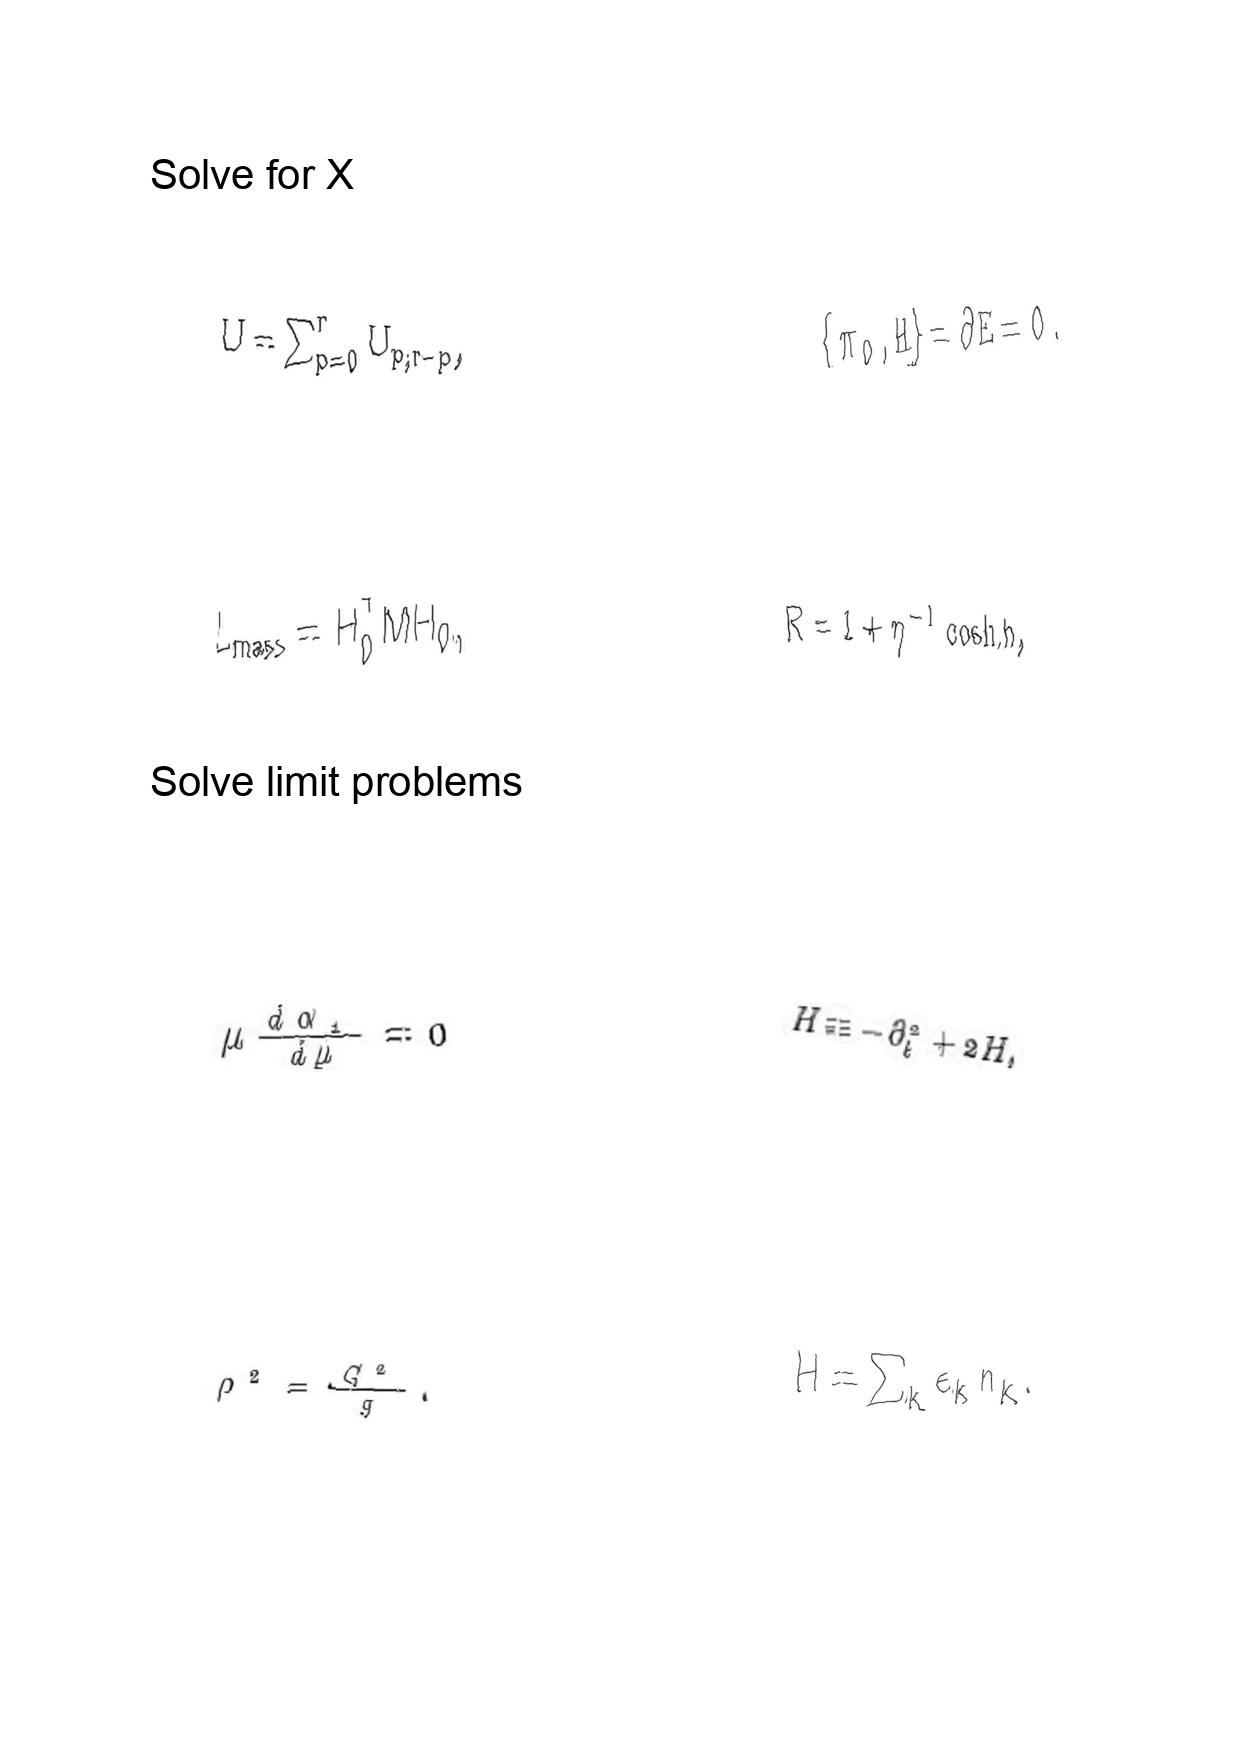
LaTeX transcription:
U = \sum _ { p = 0 } ^ { r } U _ { p , r - p } ,
L _ { m a s s } = H _ { 0 } ^ { T } M H _ { 0 } ,
\mu \frac { d \alpha _ { 1 } } { d \mu } = 0
\rho ^ { 2 } = \frac { G ^ { 2 } } { g } .
\lbrace \pi _ { 0 } , H \rbrace = \partial E = 0 .
R = 1 + \eta ^ { - 1 } \cosh h ,
H \equiv - \partial _ { t } ^ { 2 } + 2 H ,
H = \sum _ { k } \epsilon _ { k } n _ { k } .